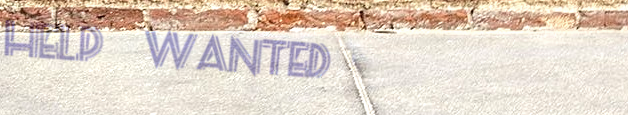
Help Wanted